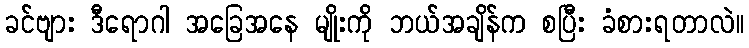
ခင်ဗျား ဒီရောဂါ အခြေအနေ မျိုးကို ဘယ်အချိန်က စပြီး ခံစားရတာလဲ။